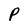
Character: P